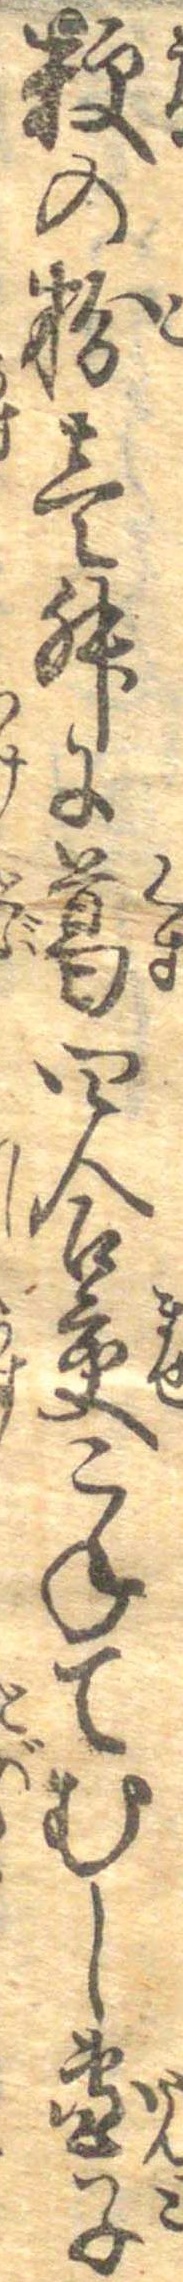
粳の粉壱升に葛四合交こねてむし団子